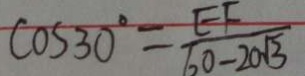
\cos 3 0 ^ { \circ } = \frac { E F } { 6 0 - 2 0 \sqrt { 3 } }